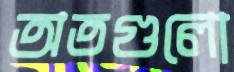
অতগুলো